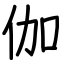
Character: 伽